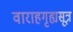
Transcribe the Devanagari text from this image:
वाराहगृह्यसूत्र